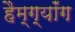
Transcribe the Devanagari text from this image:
हैम्ग्यॉंग